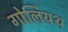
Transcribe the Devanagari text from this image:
गोलियथ